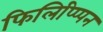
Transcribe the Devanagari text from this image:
फिलिप्प्पिन